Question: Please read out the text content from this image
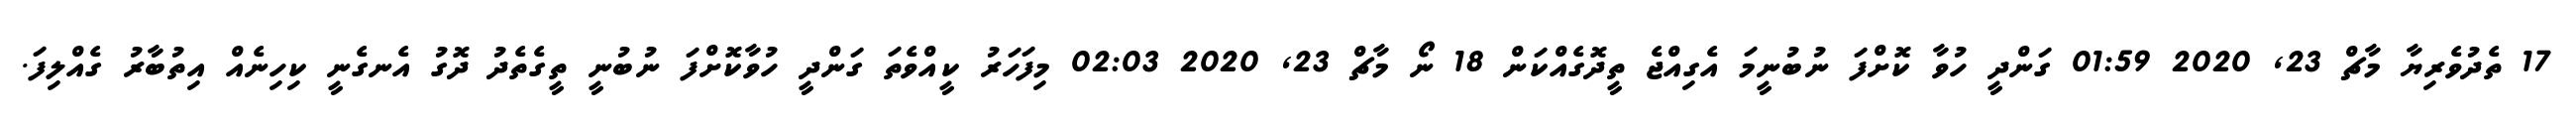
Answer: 17 ތެދުވެރިޔާ މާޗް 23, 2020 01:59 ގަންދީ ހުވާ ކޮށްފަ ނުބުނީމަ އެގިއްޖެ ތީދޮގެއްކަން 18 ނޯ މާޗް 23, 2020 02:03 މިފަހަރު ކީއްވެތަ ގަންދީ ހުވާކޮށްފަ ނުބުނީ ތީގެތެދު ދޮގު އެނގެނީ ކިހިނެއް އިތުބާރު ގެއްލިފަ.